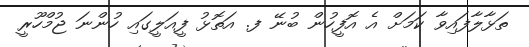
ތަޅާލާފައިވާ ކަމަށް އެ އޮފީހުން ބުނޭ ފ. އަތޮޅު ފީއަލީގައި ހުންނަ ޖުމްހޫރީ